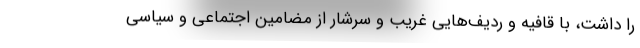
را داشت، با قافیه و ردیف‌هایی غریب و سرشار از مضامین اجتماعی و سیاسی